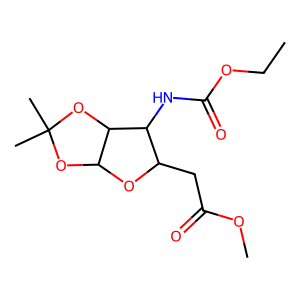
SMILES: CCOC(=O)NC1C(CC(=O)OC)OC2OC(C)(C)OC21
Inhibits HIV replication: No